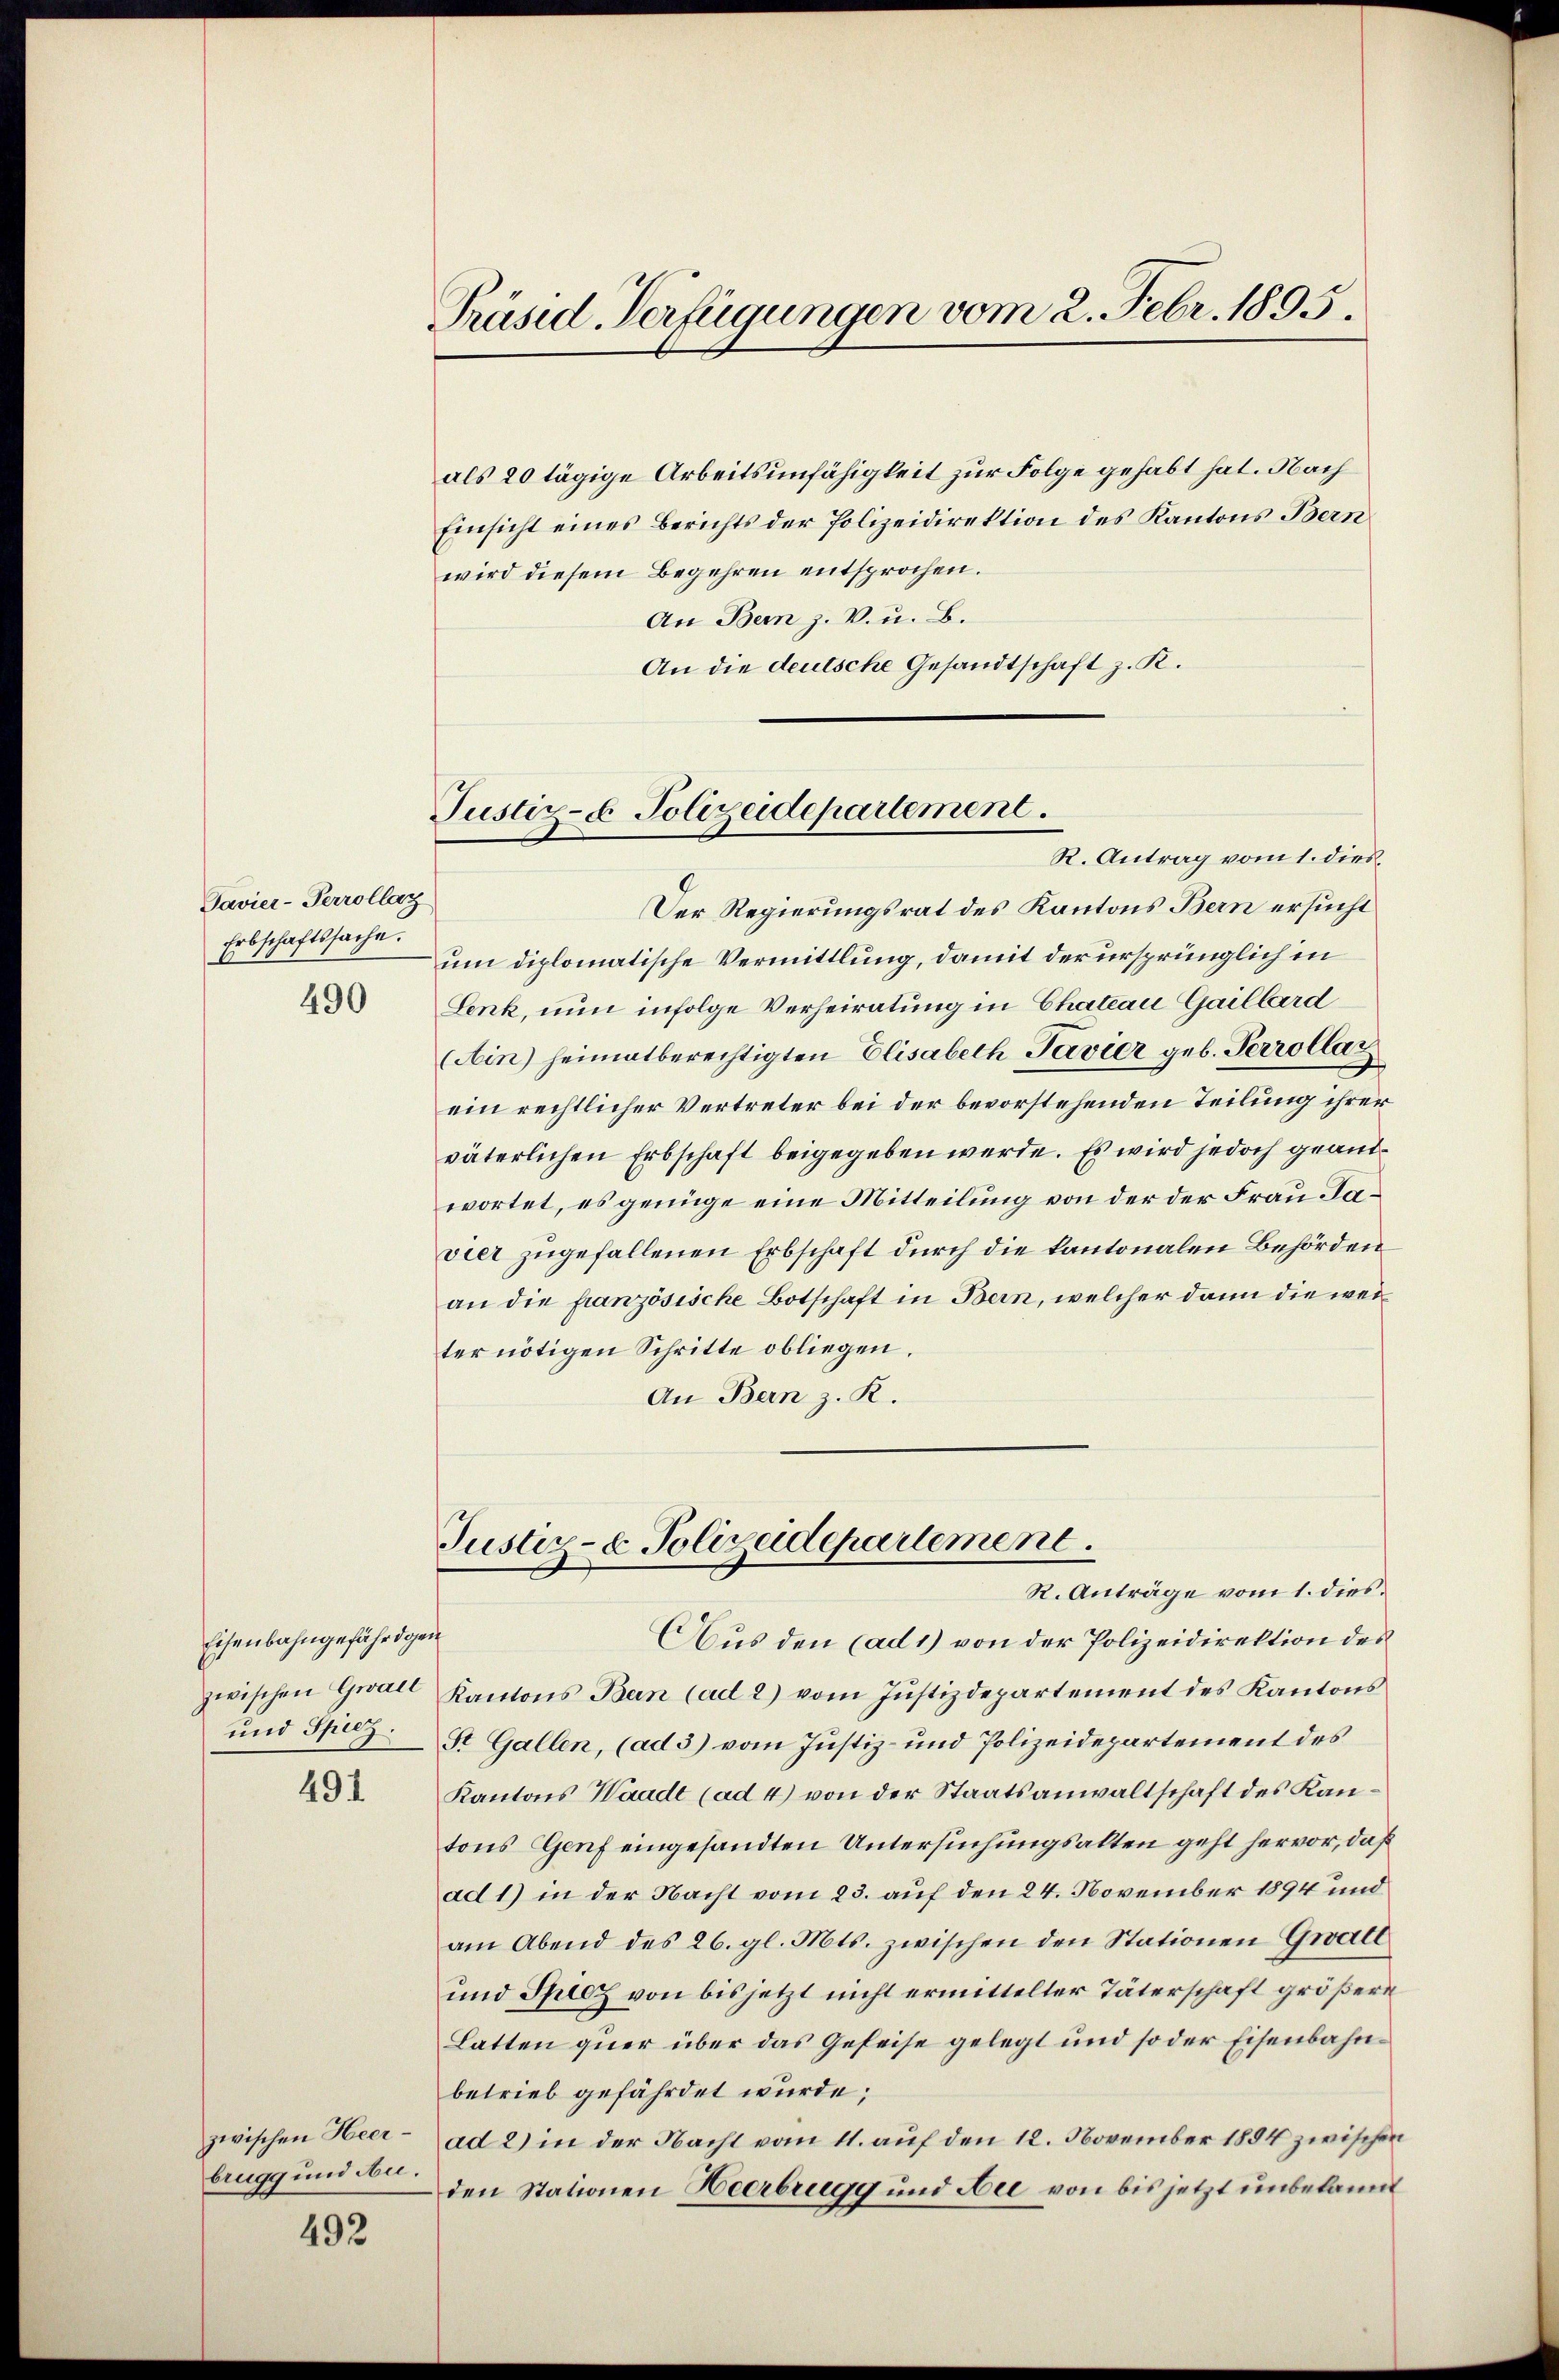
Pavier-Perrollaz
Erbschaftssache.
490

Eisenbahngefähr den
und Spiez.

491

brugg und Au

492

Präsid Verfügungen vom 2. Febr. 1895.

als 20 tägige Arbeitsunfähigkeit zur Folge gehabt hat. Nach
Einsicht eines Berichts der Polizeidirektion des Kantons Bern
wird diesem Begehren entsprochen.
An Bern J. V. u. B.
An die deutsche Gesandtschaft z. R.

Justiz- & Polizeidepartement.

R. Antrag vom 1. dies¬
Der Regierungsrat des Kantons Bern ersucht
um diplomatische Vermittlung, damit der ursprünglich in
Lenk, nun infolge Verheiratung in Chateau Gaillard
(Ain) heimatberechtigten Elisabeth Pavier geb. Perrollat
ein rechtlicher Vertreter bei der bevorstehenden Teilung ihrer
väterlichen Erbschaft beigegeben werde. Es wird jedoch geantwortet, es genüge eine Mitteilung von der der Frau Javier zugefallenen Erbschaft durch die kantonalen Behörden
an die französische Botschaft in Bern, welcher dann die weiter nötigen Schritte obliegen.
An Bern z. R.

R. Anträge vom 1. dies
Aus den (ad 1) von der Polizeidirektion des
zwischen Grall Kantons Bern (ad 2) vom Jŭstizdepartement des Kantons
St. Gallen, (ad 3) vom Justiz- und Polizeidepartement des
Kantons Waadt (ad 4) von der Staatsanwaltschaft des Kantons Genf eingesandten Untersuchungsalten geht hervor, daß
ad 1) in der Nacht vom 23. auf den 24. November 1894 und
am Abend des 26. gl. Mts. zwischen den Stationen Gwalt
und Spiez von bis jetzt nicht ermittelter Täterschaft größere
Latten quer über das Geseise gelegt und so der Eisenbahnbetrieb gefährdet wurde;
zwischen Heer- ad 2) in der Nacht vom 11. auf den 12. November 1894 zwischen
den Stationen Heerbrugg und Aee von bis jetzt unbekannt

Justiz- & Polizeidepartement.